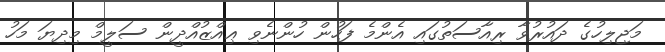
މަޖިލިހުގެ ދައުރުވާ ރިއާސަތުގައި އެންމެ ފަހުން ހުންނެވި ޢިއްޒުއްދީން ސަލީމް މިދިޔަ މަހު